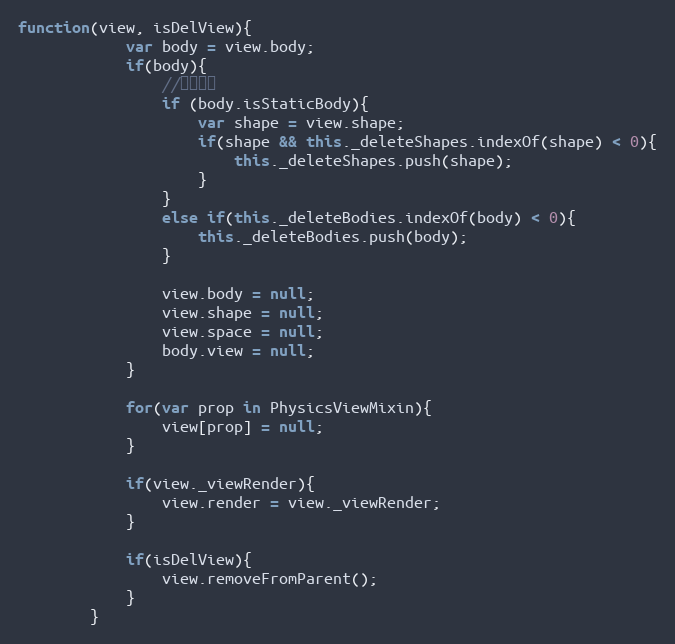
Language: JavaScript
function(view, isDelView){
            var body = view.body;
            if(body){
                //延迟删除
                if (body.isStaticBody){
                    var shape = view.shape;
                    if(shape && this._deleteShapes.indexOf(shape) < 0){
                        this._deleteShapes.push(shape);
                    }
                }
                else if(this._deleteBodies.indexOf(body) < 0){
                    this._deleteBodies.push(body);
                }

                view.body = null;
                view.shape = null;
                view.space = null;
                body.view = null;
            }

            for(var prop in PhysicsViewMixin){
                view[prop] = null;
            }

            if(view._viewRender){
                view.render = view._viewRender;
            }

            if(isDelView){
                view.removeFromParent();
            }
        }